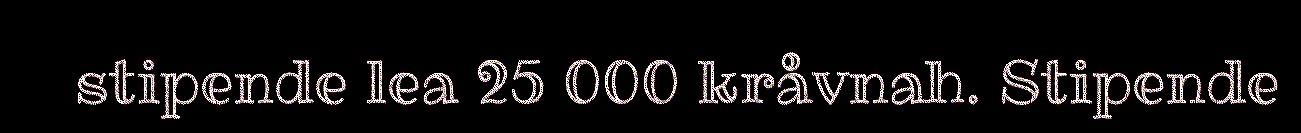
stipende lea 25 000 kråvnah. Stipende